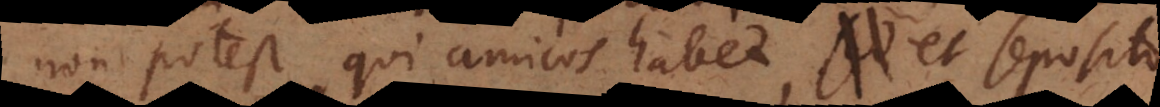
non potest, qui amicos habet, et seposito